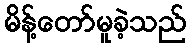
မိန့်တော်မူခဲ့သည်